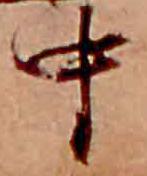
中